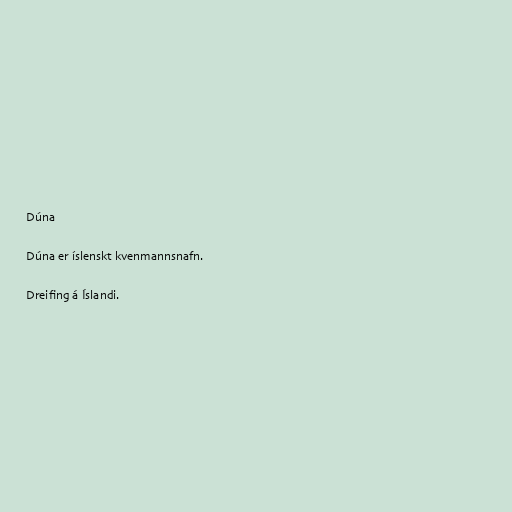
Dúna

Dúna er íslenskt kvenmannsnafn.

Dreifing á Íslandi.